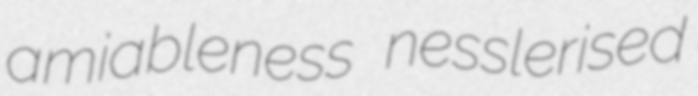
amiableness nesslerised